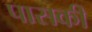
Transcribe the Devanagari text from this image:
पासकी